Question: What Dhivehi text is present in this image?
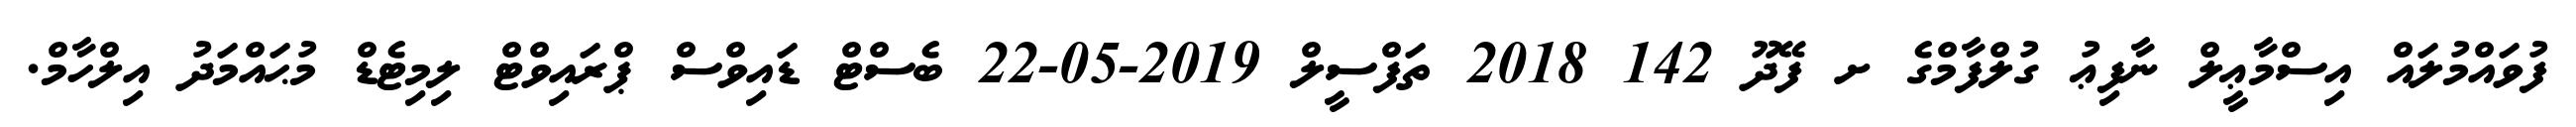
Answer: ފުވައްމުލައް އިސްމާޢީލް ނާފިޢު ގުލްފާމްގެ ށ ފޭދޫ 142 2018 ތަފްސީލް 2019-05-22 ބެސްޓް ޑައިވްސް ޕްރައިވްޓް ލިމިޓެޑް މުޙައްމަދު އިލްހާމް.